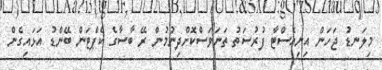
މިލަނޑު ޖަހަން އިނިއެސްޓާ ފުރުސަތު ތަނަވަސްކޮށްދިނުމުން ރޭ ބާސާގެ ކެޕްޓަން ބޭންޑު އަޅައިގެން